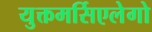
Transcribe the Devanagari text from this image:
युक्तमर्सिएलेगो